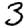
Digit: 3